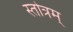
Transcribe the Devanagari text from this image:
स्तोत्रम्